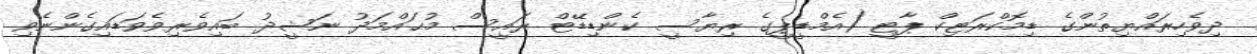
ދިވެހިރައްޔިތުންގެ ޑިމޮކްރަޓިކް ޕާޓީ (އެމްޑީޕީގެ ރިޔާސީ ކެންޑިޑޭޓް ރައީސް މުޙައްމަދު ނަޝީދު ބައިވެރިވެވަޑައިގެންނެވި